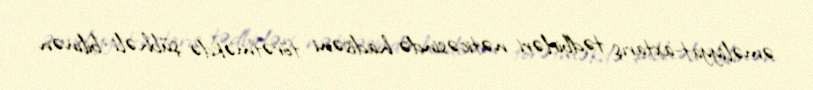
əməliyyat-axtarış tədbirləri nəticəsində hadisəni törətməkdə şübhəli bilinən